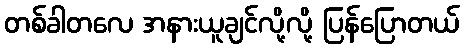
တစ်ခါတလေ အနားယူချင်လို့လို့ ပြန်ပြောတယ်